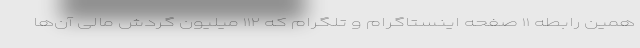
همین رابطه ١١ صفحه اینستاگرام و تلگرام که ١١٢ میلیون گردش مالی آن‌ها